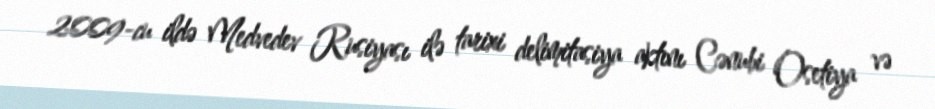
2009-cu ildə Medvedev Rusiyası ilə tarixi delimitasiya aktını Cənubi Osetiya və